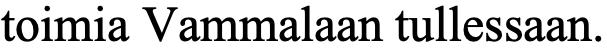
toimia Vammalaan tullessaan.